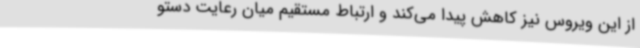
از این ویروس نیز کاهش پیدا می‌کند و ارتباط مستقیم میان رعایت دستو